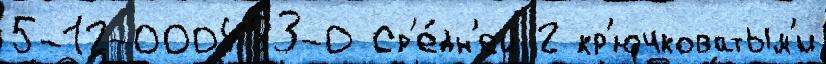
5-12-000483-0 Ср'е́дн'ей 2 кр'ючковатым'и